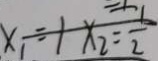
x _ { 1 } = 1 x _ { 2 } = \frac { 1 } { 2 }